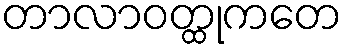
တာလာဝတ္ထုကတေ